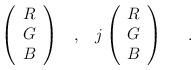
LaTeX: \begin{align*}\left( \begin{array}{c} R\\ G\\ B \end{array} \right) \; \; \; , \; \; \;j\left( \begin{array}{c} R\\ G\\ B \end{array} \right) \; \; \; \; \; .\end{align*}